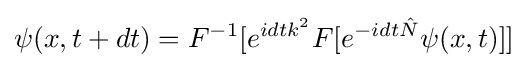
\psi (x,t+dt)=F^{-1}[e^{idtk^{2}}F[e^{-idt{\hat {N}}}\psi (x,t)]]